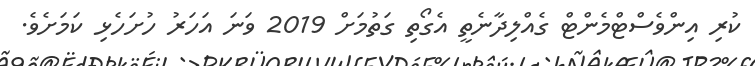
ކުރި އިންވެސްޓްމެންޓް ގެއްލިދާނެތީ އެގޯތި ގަތުމަށް 2019 ވަނަ އަހަރު ހުށަހެޅި ކަމަށެވެ.